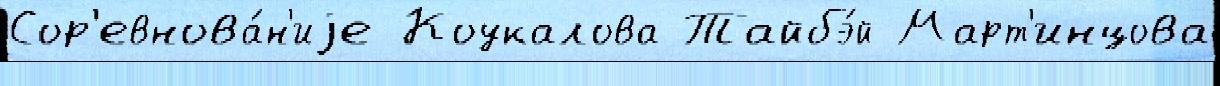
Сор'евнова́н'иjе Коукалова Тайбэ́й Март'инцова